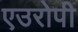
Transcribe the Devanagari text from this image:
एउरोपी